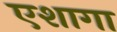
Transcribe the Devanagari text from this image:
एशागा